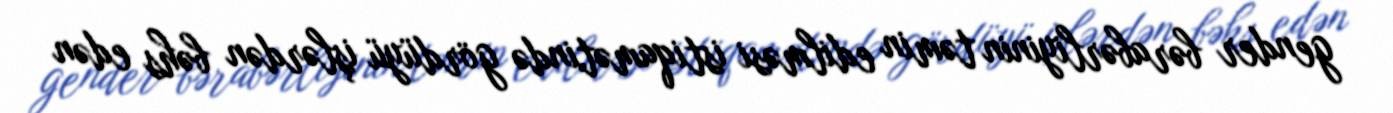
gender bərabərliyinin təmin edilməsi istiqamətində gördüyü işlərdən bəhs edən